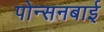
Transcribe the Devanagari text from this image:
पोन्सनबाई